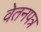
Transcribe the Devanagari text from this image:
वेतनपत्र